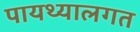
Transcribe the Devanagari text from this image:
पायथ्यालगत